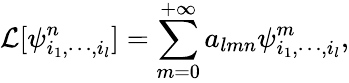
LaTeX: \mathcal{L}[\psi_{i_{1},\cdots,i_{l}}^{n}]=\sum_{m=0}^{+\infty}a_{lmn}\psi_{i_{1},\cdots,i_{l}}^{m},